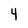
Character: 4